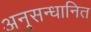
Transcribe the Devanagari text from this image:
अनुसन्‍धानित